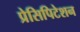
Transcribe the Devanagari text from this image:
प्रेसिपिटेशन